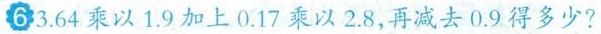
63.64乘以1.9加上0.17乘以2.8，再减去0.9得多少?